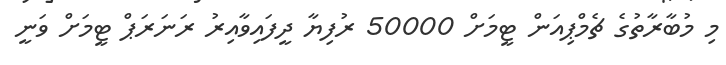
މި މުބާރާތުގެ ޗެމްޕިއަން ޓީމަށް 50000 ރުފިޔާ ދީފައިވާއިރު ރަނަރަޕް ޓީމަށް ވަނީ